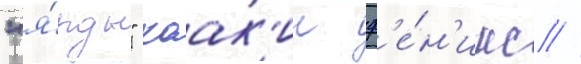
"я́рды" хоак'ин ф'е́н'икс //